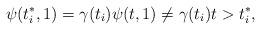
LaTeX: \begin{align*}\psi(t_i^*,1)=\gamma(t_i)\psi(t,1)\neq\gamma(t_i)t>t_i^*,\end{align*}